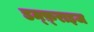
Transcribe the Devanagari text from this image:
डम्फ़्राइज